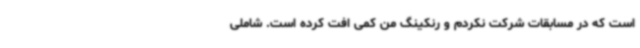
است که در مسابقات شرکت نکردم و رنکینگ من کمی افت کرده است. شاملی